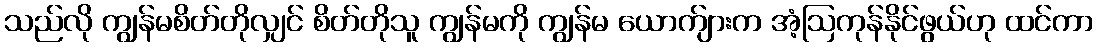
သည်လို ကျွန်မစိတ်တိုလျှင် စိတ်တိုသူ ကျွန်မကို ကျွန်မ ယောက်ျားက အံ့ဩကုန်နိုင်ဖွယ်ဟု ထင်ကာ